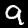
Label: 9